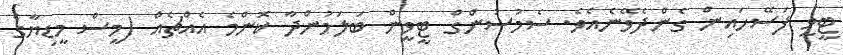
ޓީވީ ފަސޭހައިން ގެންދެވޭނެއެވެ. ސެމުސުންގް ޓީވީން ބަލަމުންދާ ކޮންމެ އެއްޗެއް (މީސް މީޑިޔާގެ